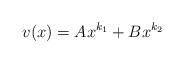
LaTeX: \begin{align*}v(x)=Ax^{k_1}+Bx^{k_2}\end{align*}